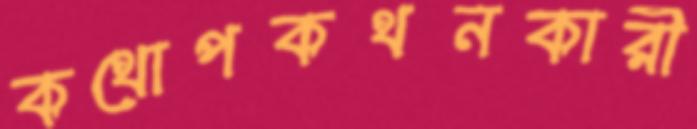
কথোপকথনকারী